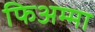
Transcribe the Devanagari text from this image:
फिअम्मा